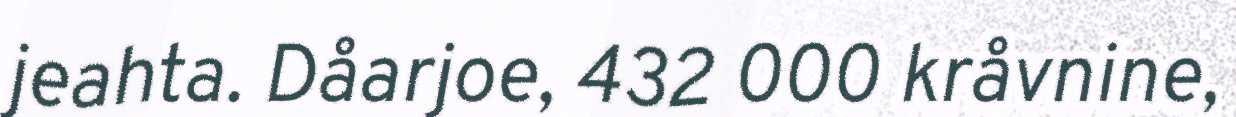
jeahta. Dåarjoe, 432 000 kråvnine,